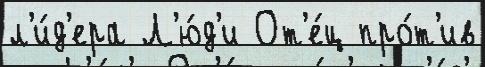
л'и́д'ера Л'ю́д'и От'е́ц про́т'ив